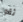
ثقوا